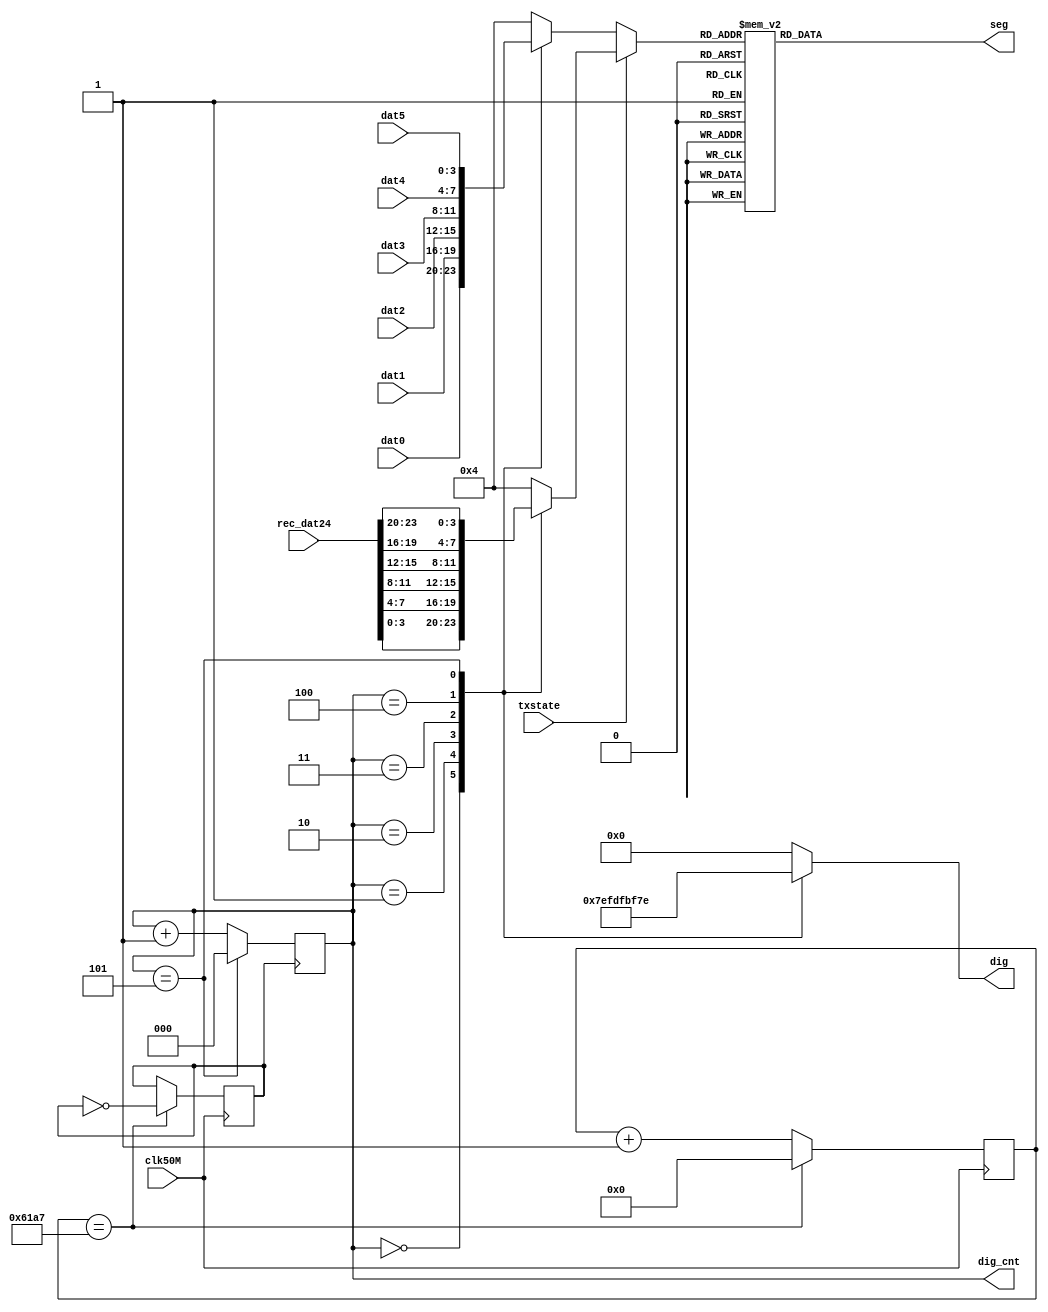
module disp(clk50M,dat0,dat1,dat2,dat3,dat4,dat5,rec_dat24,txstate,dig,seg,dig_cnt);
input clk50M,txstate;
input [3:0]dat0,dat1,dat2,dat3,dat4,dat5;
input [23:0]rec_dat24;
output reg [5:0]dig;
output reg [0:7]seg;
parameter N = 25000,WIDTH = 15;
reg clk2k;
reg [WIDTH-1:0]cnt;
output reg [2:0]dig_cnt;
reg [3:0]bin_data;

always@(posedge clk50M)
begin
	if(cnt == N-1)
	begin
		cnt <= 0;
		clk2k <= ~clk2k;
	end
	else
		cnt <= cnt +1;
end

always@(posedge clk2k)
begin
	if(dig_cnt==3'b101)
	begin
		dig_cnt <= 0;
	end
	else
		dig_cnt <= dig_cnt + 1;
end

always@(dig_cnt)
begin
	case(dig_cnt)	//
		3'd0:dig <= 6'b011111;
		3'd1:dig <= 6'b101111;
		3'd2:dig <= 6'b110111;
		3'd3:dig <= 6'b111011;
		3'd4:dig <= 6'b111101;
		3'd5:dig <= 6'b111110;
		default:dig <= 6'b000000;
	endcase
	if(~txstate)
	begin
		case(dig_cnt)	//
			3'd0:bin_data <= dat0;
			3'd1:bin_data <= dat1;
			3'd2:bin_data <= dat2;
			3'd3:bin_data <= dat3;
			3'd4:bin_data <= dat4;
			3'd5:bin_data <= dat5;
			default:bin_data <= 4'h4;			//"-"
		endcase
	end
	else
	begin
		case(dig_cnt)	//
			3'd0:bin_data <= rec_dat24[3:0];
			3'd1:bin_data <= rec_dat24[7:4];
			3'd2:bin_data <= rec_dat24[11:8];
			3'd3:bin_data <= rec_dat24[15:12];
			3'd4:bin_data <= rec_dat24[19:16];
			3'd5:bin_data <= rec_dat24[23:20];
		default:bin_data <= 4'h4;			//"-"
		endcase
	end
	case(bin_data)	//
		4'h0:seg <= {8'b0000_0011};	//"0"					
		4'h1:seg <= {8'b1001_1111};	//"1"					
		4'h2:seg <= {8'b0010_0101};	//"2"					
		4'h3:seg <= {8'b0000_1101};	//"3"
		4'h4:seg <= {8'b1001_1001};	//"4"
		4'h5:seg <= {8'b0100_1001};	//"5"
		4'h6:seg <= {8'b0100_0001};	//"6"
		4'h7:seg <= {8'b0001_1111};	//"7"
		4'h8:seg <= {8'b0000_0001};	//"8"
		4'h9:seg <= {8'b0000_1001};	//"9"
		4'ha:seg <= {8'b0001_0001};	//"A"		
		4'hb:seg <= {8'b1100_0001};	//"B"
		4'hc:seg <= {8'b0110_0011};	//"C"
		4'hd:seg <= {8'b1000_0101};	//"D"
		4'he:seg <= {8'b0110_0001};	//"E"
		4'hf:seg <= {8'b0111_0001};	//"F"
		default:seg <= 8'b1111_1111;
	endcase
end
endmodule